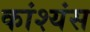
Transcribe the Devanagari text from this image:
कांश्यंस